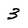
Character: 3